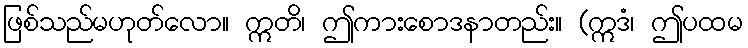
ဖြစ်သည်မဟုတ်လော။ ဣတိ၊ ဤကားစောဒနာတည်း။ (ဣဒံ၊ ဤပထမ